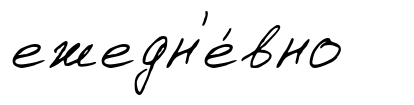
ежедн'е́вно